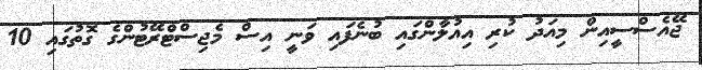
ޖޭއެސްސީއިން މިއަދު ކުރި އިއުލާންގައި ބުނެފައި ވަނީ އިސް މެޖިސްޓްރޭޓުންގެ ގޮތުގައި 10